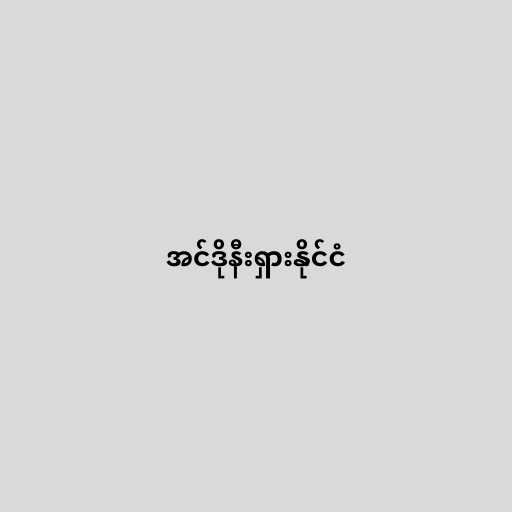
အင်ဒိုနီးရှားနိုင်ငံ